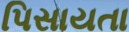
પિસાયતા